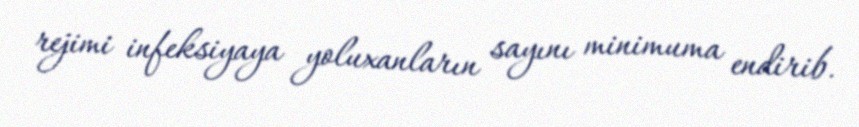
rejimi infeksiyaya yoluxanların sayını minimuma endirib.